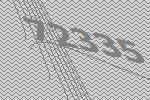
72335